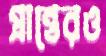
প্রান্তেরও